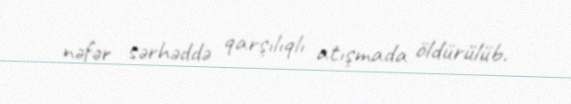
nəfər sərhəddə qarşılıqlı atışmada öldürülüb.